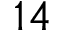
1 4